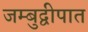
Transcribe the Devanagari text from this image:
जम्बुद्वीपात